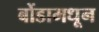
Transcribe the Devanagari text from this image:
बोंडामधून